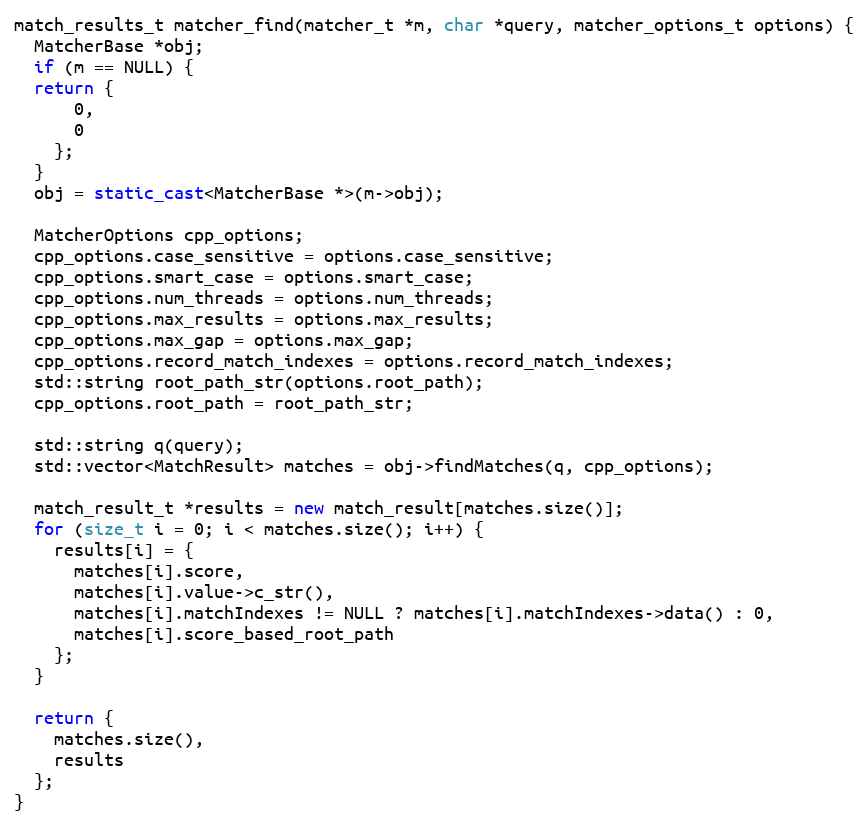
Language: C++
match_results_t matcher_find(matcher_t *m, char *query, matcher_options_t options) {
  MatcherBase *obj;
  if (m == NULL) {
  return {
      0,
      0
    };
  }
  obj = static_cast<MatcherBase *>(m->obj);

  MatcherOptions cpp_options;
  cpp_options.case_sensitive = options.case_sensitive;
  cpp_options.smart_case = options.smart_case;
  cpp_options.num_threads = options.num_threads;
  cpp_options.max_results = options.max_results;
  cpp_options.max_gap = options.max_gap;
  cpp_options.record_match_indexes = options.record_match_indexes;
  std::string root_path_str(options.root_path);
  cpp_options.root_path = root_path_str;

  std::string q(query);
  std::vector<MatchResult> matches = obj->findMatches(q, cpp_options);

  match_result_t *results = new match_result[matches.size()];
  for (size_t i = 0; i < matches.size(); i++) {
    results[i] = {
      matches[i].score,
      matches[i].value->c_str(),
      matches[i].matchIndexes != NULL ? matches[i].matchIndexes->data() : 0,
      matches[i].score_based_root_path
    };
  }

  return {
    matches.size(),
    results
  };
}